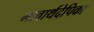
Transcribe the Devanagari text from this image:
भावार्थदेपिका